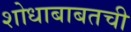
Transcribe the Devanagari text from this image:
शोधाबाबतची